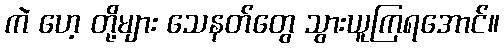
ကဲ ဟေ့ တို့များ သေနတ်တွေ သွားယူကြရအောင်။